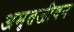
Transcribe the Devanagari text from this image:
अमृतजीवन